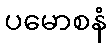
ပမောစနံ